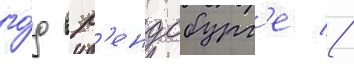
го́д в р'ендсбург'е //